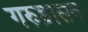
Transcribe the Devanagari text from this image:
गरुड़ासन